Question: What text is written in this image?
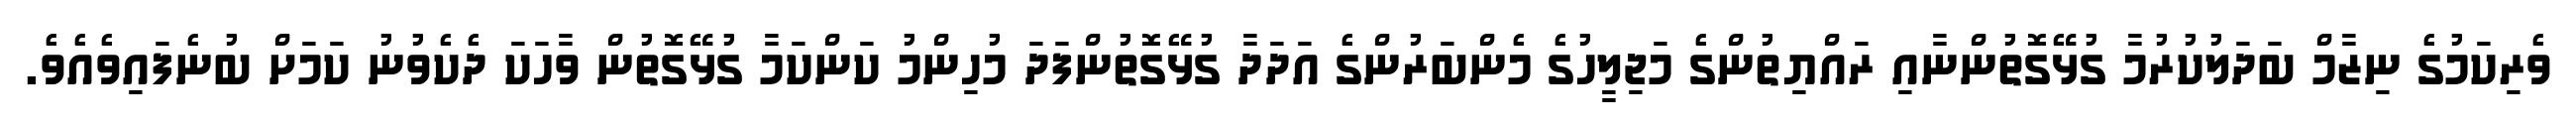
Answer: ވެރިކަމުގެ ނިޒާމް ބަދަލުކުރުމާ ގުޅޭގޮތުންނާއި ރައްޔިތުންގެ މަޖިލީހުގެ މެންބަރުންގެ އަދަދާ ގުޅޭގޮތުންފަދަ މުހިންމު ކަންކަމާ ގުޅޭގޮތުން ވާހަކަ ދެކެވުނު ކަމަށް ބުނެފައިވެއެވެ.